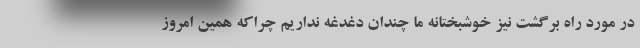
در مورد راه برگشت نیز خوشبختانه ما چندان دغدغه نداریم چراکه همین امروز